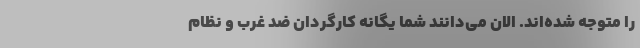
را متوجه شده‌اند. الان می‌دانند شما یگانه کارگردان ضد غرب و نظام